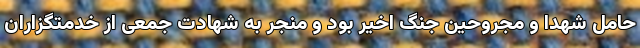
حامل شهدا و مجروحین جنگ اخیر بود و منجر به شهادت جمعی از خدمتگزاران